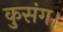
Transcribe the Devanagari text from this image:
कुसंग।